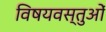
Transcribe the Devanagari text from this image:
विषयवस्‍तुओं